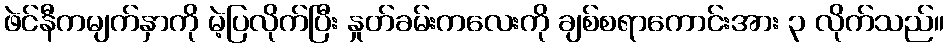
ဖဲင်နီကမျက်နှာကို မဲ့ပြလိုက်ပြီး နှုတ်ခမ်းကလေးကို ချစ်စရာကောင်းအား ၃ လိုက်သည်။